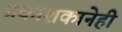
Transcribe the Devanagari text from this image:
प्रकाशकानेही